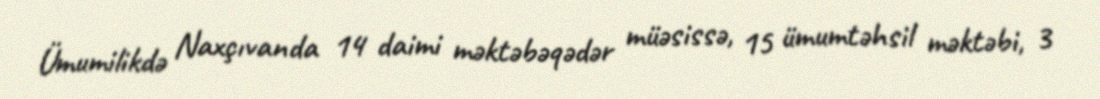
Ümumilikdə Naxçıvanda 14 daimi məktəbəqədər müəsissə, 15 ümumtəhsil məktəbi, 3